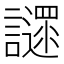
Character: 䜚